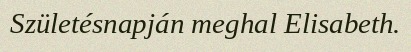
Születésnapján meghal Elisabeth.